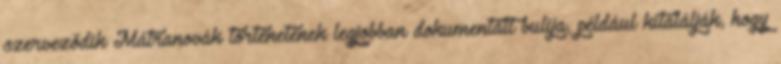
szerveződik Mátranovák történetének legjobban dokumentált bulija, például kitalálják, hogy